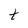
Character: t